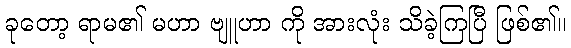
ခုတော့ ရာမ၏ မဟာ ဗျူဟာ ကို အားလုံး သိခဲ့ကြပြီ ဖြစ်၏။